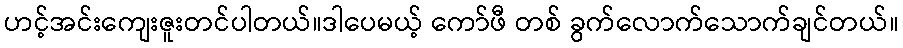
ဟင့်အင်းကျေးဇူးတင်ပါတယ်။ဒါပေမယ့် ကော်ဖီ တစ် ခွက်လောက်သောက်ချင်တယ်။